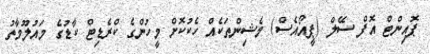
ޕޮއިންޓް އޮފް ސޭލް (ޕީއޯއެސް) މެޝިންތަކެއް ހެކުކޮށް މީހުންގެ ކްރެޑިޓް ކާޑުގެ މައުލޫމާތު